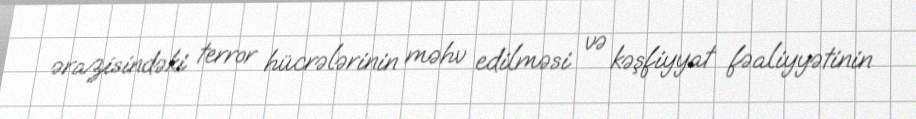
ərazisindəki terror hücrələrinin məhv edilməsi və kəşfiyyat fəaliyyətinin